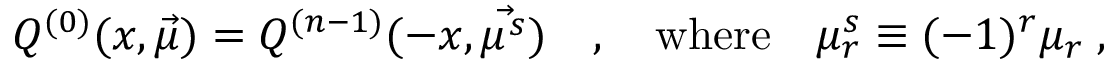
Q ^ { ( 0 ) } ( x , \vec { \mu } ) = Q ^ { ( n - 1 ) } ( - x , \vec { \mu ^ { s } } ) \quad , \quad \mathrm { w h e r e } \quad \mu _ { r } ^ { s } \equiv ( - 1 ) ^ { r } \mu _ { r } \; ,